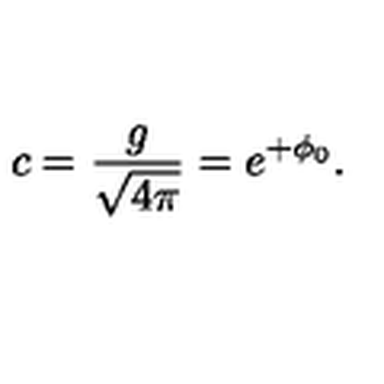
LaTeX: c = \frac { g } { \sqrt { 4 \pi } } = e ^ { + \phi _ { 0 } } .